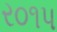
ર૦૧પ